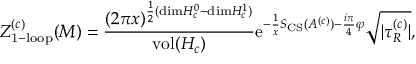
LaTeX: Z _ { \mathrm { 1 - l o o p } } ^ { ( c ) } ( M ) = { \frac { ( 2 \pi x ) ^ { { \frac { 1 } { 2 } } ( \mathrm { d i m } H _ { c } ^ { 0 } - \mathrm { d i m } H _ { c } ^ { 1 } ) } } { \mathrm { v o l } ( H _ { c } ) } } \mathrm { e } ^ { - { \frac { 1 } { x } } S _ { \mathrm { C S } } ( A ^ { ( c ) } ) - { \frac { i \pi } { 4 } } \varphi } { \sqrt { | \tau _ { R } ^ { ( c ) } | } } ,